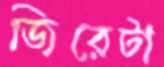
জিরেটা